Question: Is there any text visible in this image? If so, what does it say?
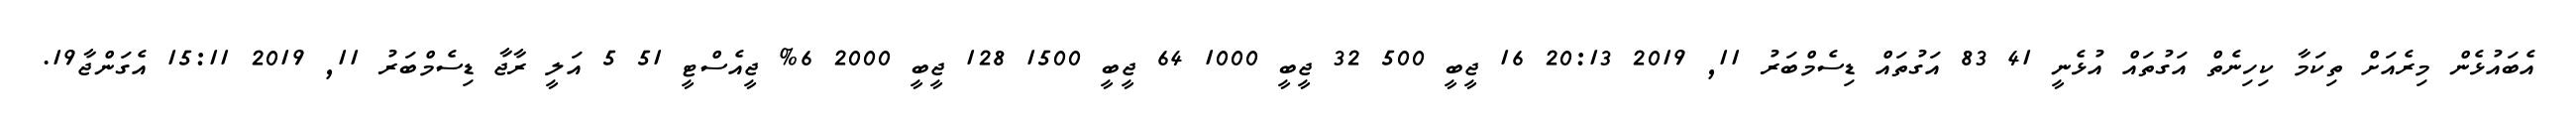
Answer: އެބައުޅެން މިރެއަށް ތިކަމާ ކިހިނެތް އަގުތައް އުޅެނީ 41 83 އަގުތައް ޑިސެމްބަރު 11, 2019 20:13 16 ޖީބީ 500 32 ޖީބީ 1000 64 ޖީބީ 1500 128 ޖީބީ 2000 6% ޖީއެސްޓީ 51 5 އަލީ ރާޖާ ޑިސެމްބަރު 11, 2019 15:11 އެގަންޖާ19.